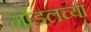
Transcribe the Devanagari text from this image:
गोंडलच्या